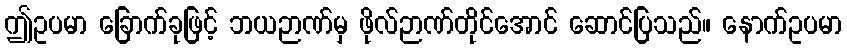
ဤဥပမာ ခြောက်ခုဖြင့် ဘယဉာဏ်မှ ဖိုလ်ဉာဏ်တိုင်အောင် ဆောင်ပြသည်။ နောက်ဥပမာ